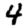
Digit: 4